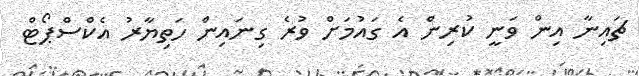
ޗައިނާ އިން ވަނީ ކުރިން އެ ގައުމަށް ވުރެ ގިނައިން ހަތިޔާރު އެކްސްޕޯޓް